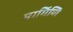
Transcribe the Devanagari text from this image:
मार्गिणि